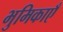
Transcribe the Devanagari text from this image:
भुमिकाएँ